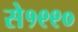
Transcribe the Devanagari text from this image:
से१९९०